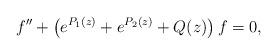
LaTeX: \begin{align*} f''+\left(e^{P_1(z)}+e^{P_2(z)}+Q(z)\right)f=0, \end{align*}